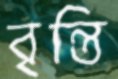
বৃন্তি